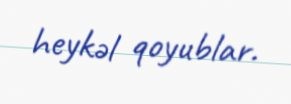
heykəl qoyublar.